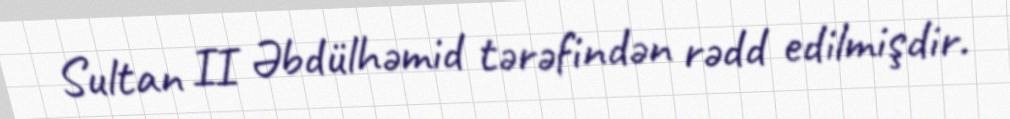
Sultan II Əbdülhəmid tərəfindən rədd edilmişdir.